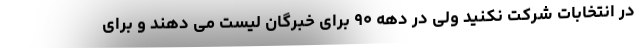
در انتخابات شرکت نکنید ولی در دهه ۹۰ برای خبرگان لیست می دهند و برای